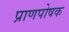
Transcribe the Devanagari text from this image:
प्राणपोषक